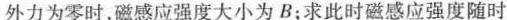
外力为零时，磁感应强度大小为B；求此时磁感应强度随时